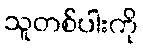
သူတစ်ပါးကို